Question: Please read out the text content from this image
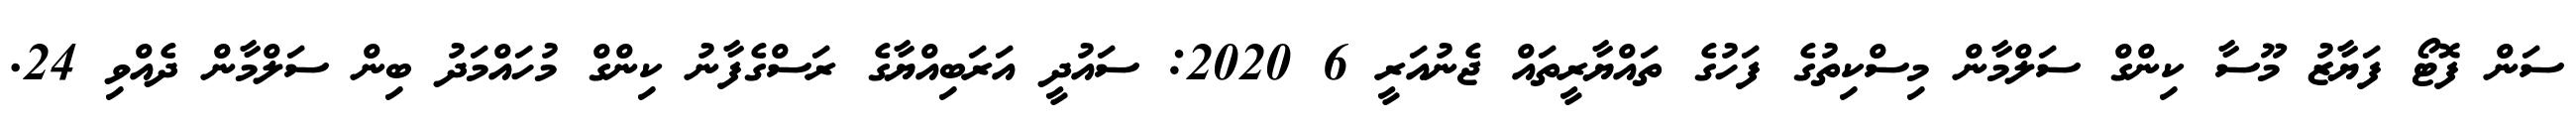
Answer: ސަން ފޮޓޯ ފަޔާޒު މޫސާ ކިންގް ސަލްމާން މިސްކިތުގެ ފަހުގެ ތައްޔާރީތައް ޖެނުއަރީ 6 2020: ސައުދީ އަރަބިއްޔާގެ ރަސްގެފާނު ކިންގް މުހައްމަދު ބިން ސަލްމާން ދެއްވި 24.